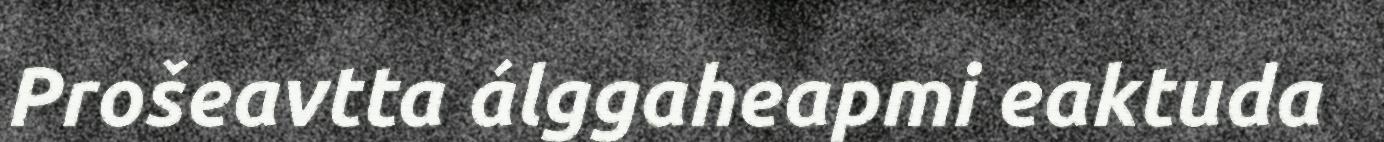
Prošeavtta álggaheapmi eaktuda